Lunatic asylums Punjab 1895-1910 - 1895-1910
Year: 1895
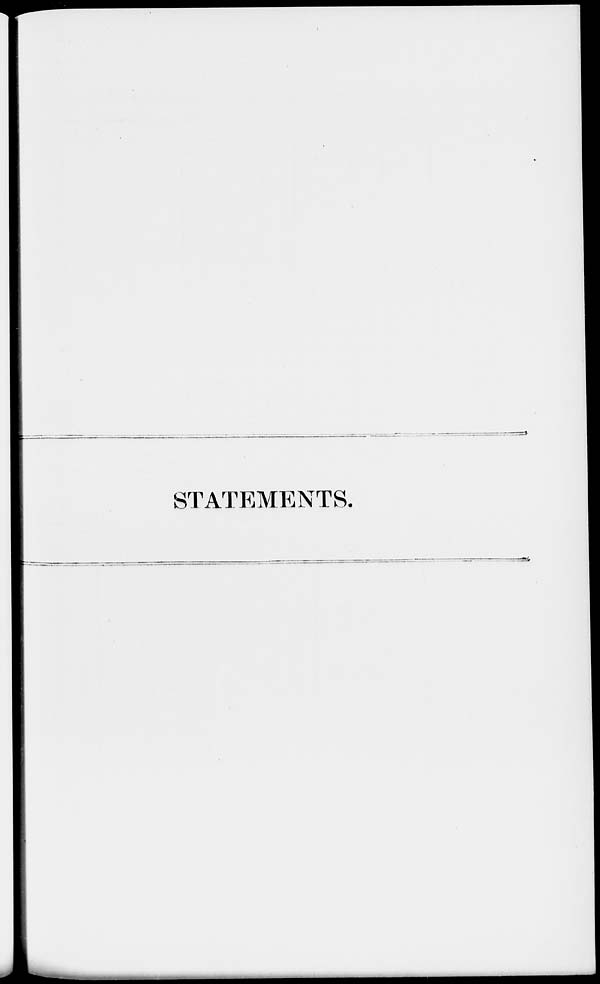
STATEMENTS.